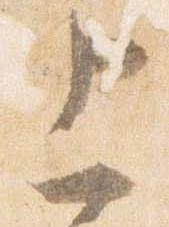
上